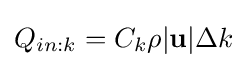
Q_{in:k}=C_{k}\rho |\mathbf {u} |\Delta k